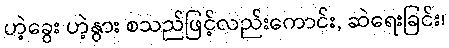
ဟဲ့ခွေး ဟဲ့နွား စသည်ဖြင့်လည်းကောင်း, ဆဲရေးခြင်း၊